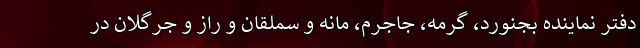
دفتر نماینده بجنورد، گرمه، جاجرم، مانه و سملقان و راز و جرگلان در